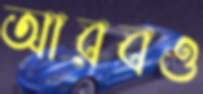
আরবও